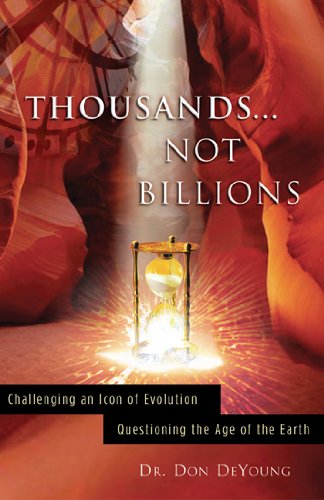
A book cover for Thousands not Billions: Challenging the Icon of Evolution, Questioning the Age of the Earth; Donald DeYoung; Christian Books & Bibles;